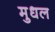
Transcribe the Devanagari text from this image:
मुधल